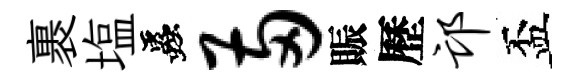
裹塩蟲两賑歷邙盃